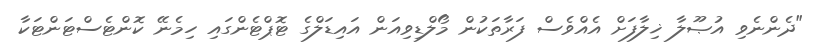
"ދެންނެވި އުޞޫލާ ޚިލާފަށް އެއްވެސް ފަރާތަކުން މޯލްޑިވިއަން އައިޑަލްގެ ޓޮޕްޓެންގައި ހިމެނޭ ކޮންޓެސްޓަންޓަކާ